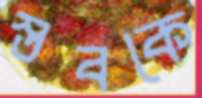
স্তবকে